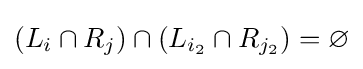
\left(L_{i}\cap R_{j}\right)\cap \left(L_{i_{2}}\cap R_{j_{2}}\right)=\varnothing